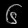
Digit: ၆